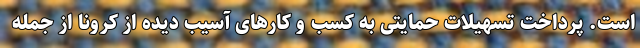
است. پرداخت تسهیلات حمایتی به کسب و کارهای آسیب دیده از کرونا از جمله